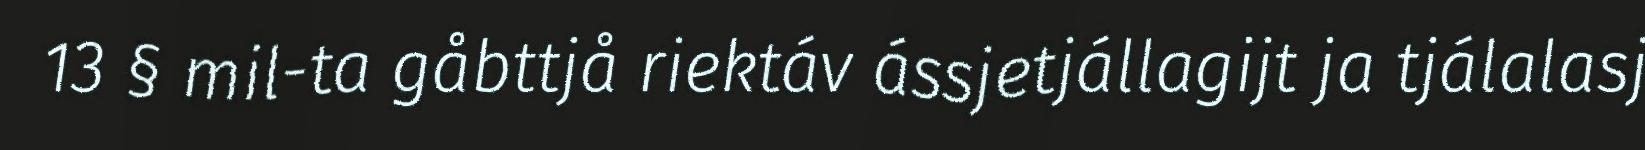
13 § mil-ta gåbttjå riektáv ássjetjállagijt ja tjálalasj